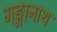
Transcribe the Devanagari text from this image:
गङ्गानाथ